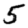
Digit: 5